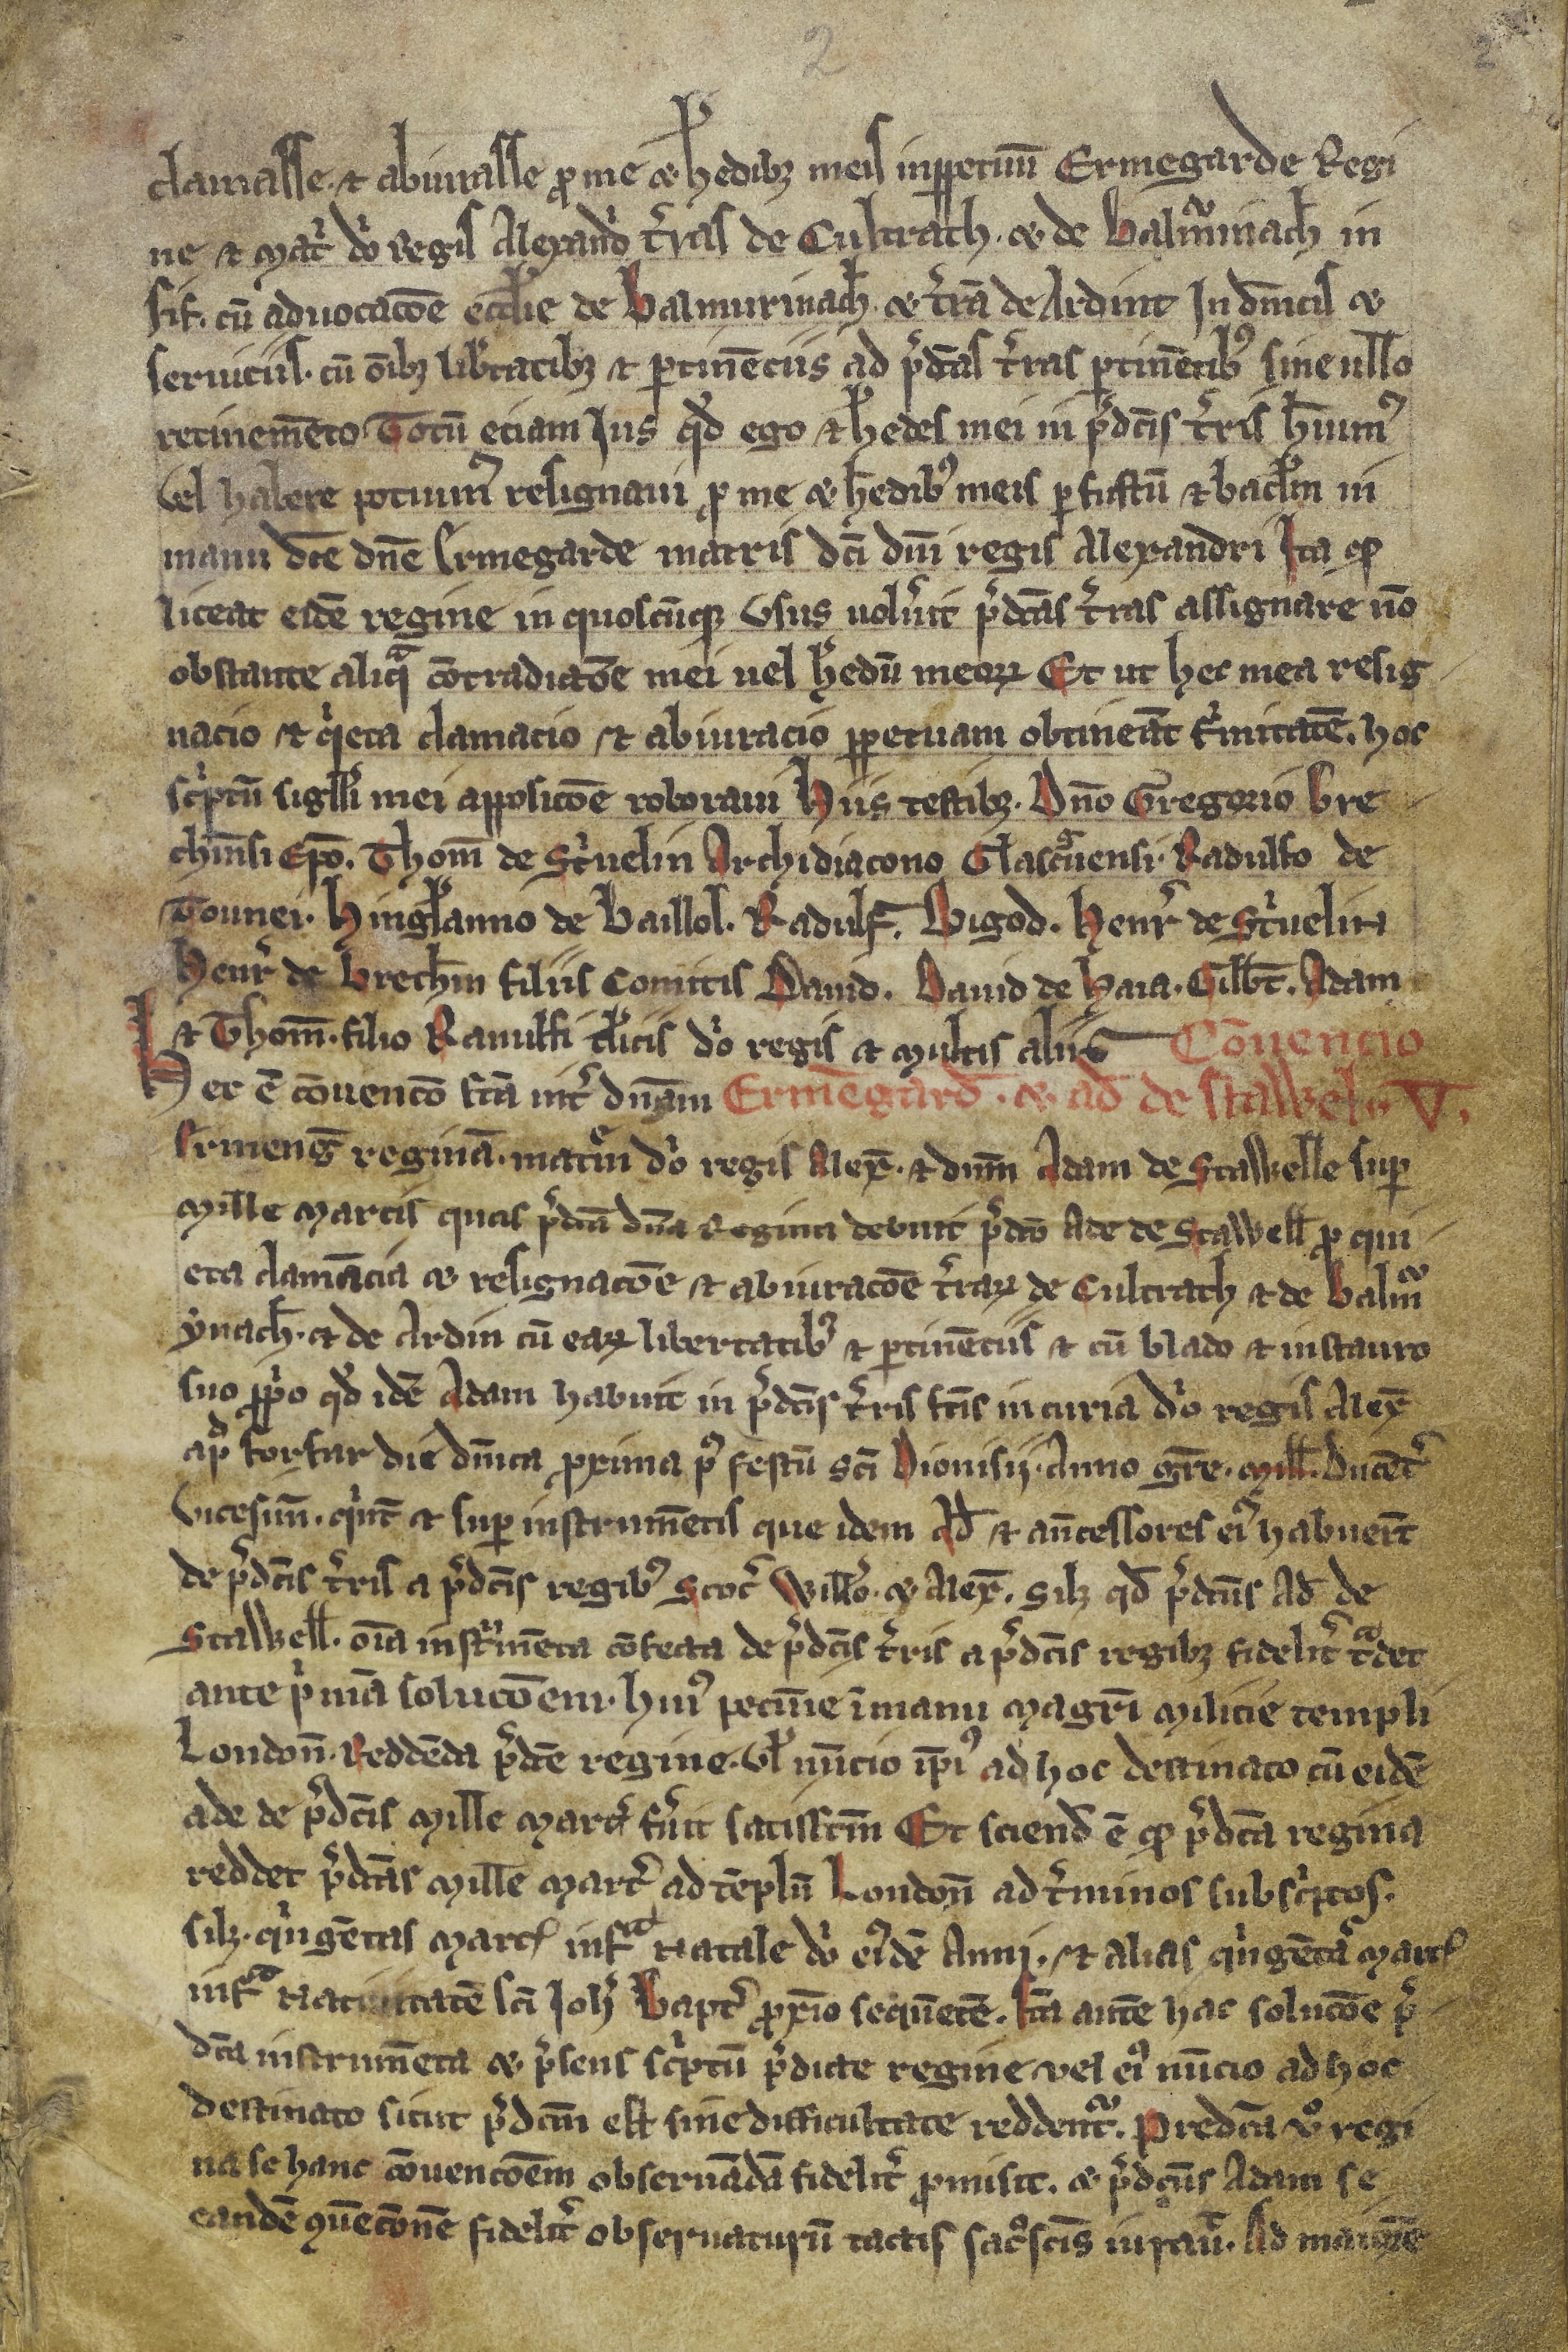
Shelfmark: Edimburgh, National Library of Scotland, Adv. ms. 34.5.3
Century: 14